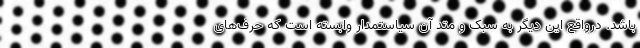
باشد. درواقع این دیگر به سبک و متد آن سیاستمدار وابسته است که حرف‌های